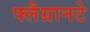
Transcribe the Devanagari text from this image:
फ्लैग्रानटे